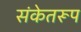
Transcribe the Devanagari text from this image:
संकेतरूप